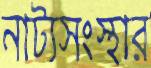
নাট্যসংস্থার